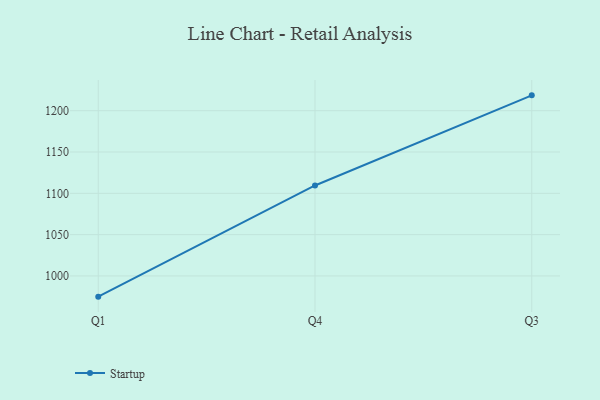
{"axis": {"x": "Quarter", "y": "Customer Acquisition Cost (USD)"}, "legend": ["Startup"], "data": [{"x": "Q1", "y": 974.9, "type": "Startup"}, {"x": "Q4", "y": 1109.5, "type": "Startup"}, {"x": "Q3", "y": 1218.6, "type": "Startup"}]}